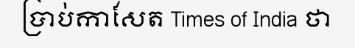
ប្រាប់កាសែត Times of India ថា